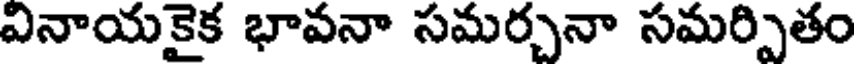
వినాయకైక భావనా సమర్చనా సమర్పితం